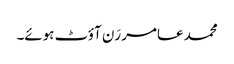
محمد عامر رَن آؤٹ ہوئے۔